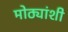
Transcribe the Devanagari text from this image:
मोठ्यांशी